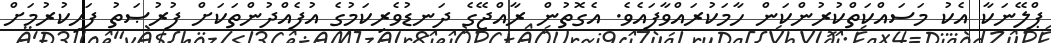
ޕްލޭނަކާ އެކު މަސައްކަތްކުރުންކަން ހާމަކުރައްވާފައެވެ. އެގޮތުން ރާއްޖޭގެ ދަނޑުވެރިކަމުގެ އުފެއްދުންތަކަށް ފުރުޞަތު ފަހިކުރުމަށް